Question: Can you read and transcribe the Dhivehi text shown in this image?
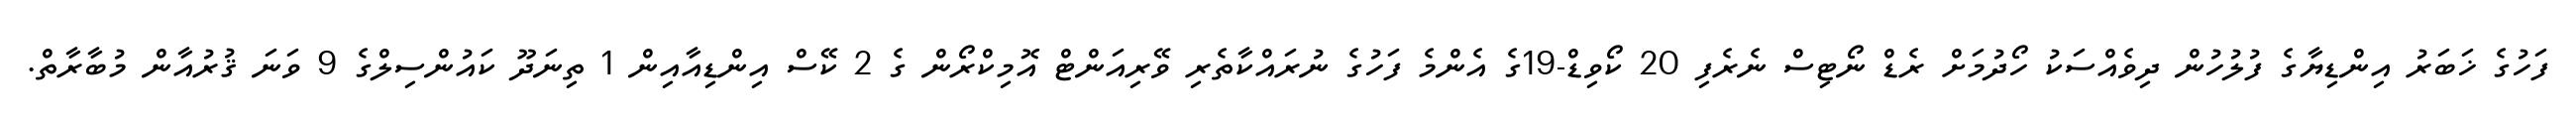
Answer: ފަހުގެ ޚަބަރު އިންޑިޔާގެ ފުލުހުން ދިވެއްސަކު ހޯދުމަށް ރެޑް ނޯޓިސް ނެރެފި 20 ކޯވިޑް-19ގެ އެންމެ ފަހުގެ ނުރައްކާތެރި ވޭރިއަންޓް އޮމިކްރޯން ގެ 2 ކޭސް އިންޑިއާއިން 1 ތިނަދޫ ކައުންސިލްގެ 9 ވަނަ ޤުރުއާން މުބާރާތް.